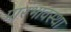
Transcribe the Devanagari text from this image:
प्रारंभावस्था